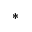
*